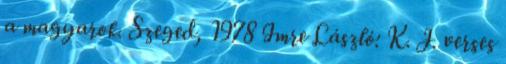
a magyarok. Szeged, 1978 Imre László: K. J. verses